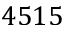
4 5 1 5